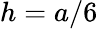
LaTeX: h=a/6